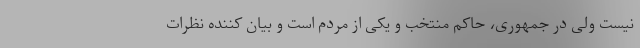
نیست ولی در جمهوری، حاکم منتخب و یکی از مردم است و بیان کننده نظرات